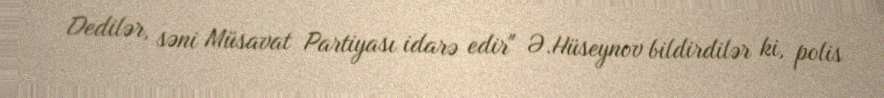
Dedilər, səni Müsavat Partiyası idarə edir" Ə.Hüseynov bildirdilər ki, polis